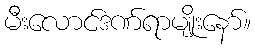
မီးလောင်ဒဏ်ရာမျိုးနော်။